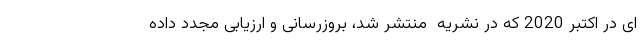
ای در اکتبر 2020 که در نشریه  منتشر شد، بروزرسانی و ارزیابی مجدد داده